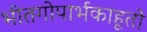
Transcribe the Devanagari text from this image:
भीतगोपार्भकाहूतो